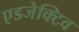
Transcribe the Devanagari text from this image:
एडजेक्टिव